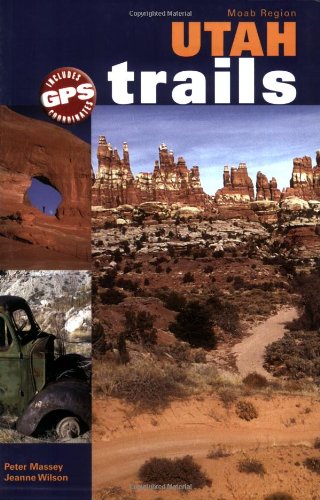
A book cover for Utah Trails Moab Region; Peter Massey Jeanne Wilson; Sports & Outdoors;